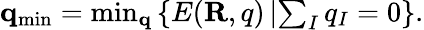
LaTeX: \begin{array}{r}{{\mathbf q}_{\mathrm{min}}=\operatorname*{min}_{\mathbf q}\left\{ E({\mathbf R,q})\left\vert\sum_{I}q_{I}=0\right.\right\} .}\end{array}